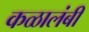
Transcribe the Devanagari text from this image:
कळालंबी